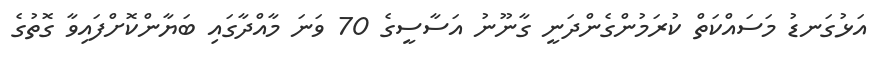
އަޅުގަނޑު މަސައްކަތް ކުރަމުންގެންދަނީ ގާނޫނު އަސާސީގެ 70 ވަނަ މާއްދާގައި ބަޔާންކޮށްފައިވާ ގޮތުގެ